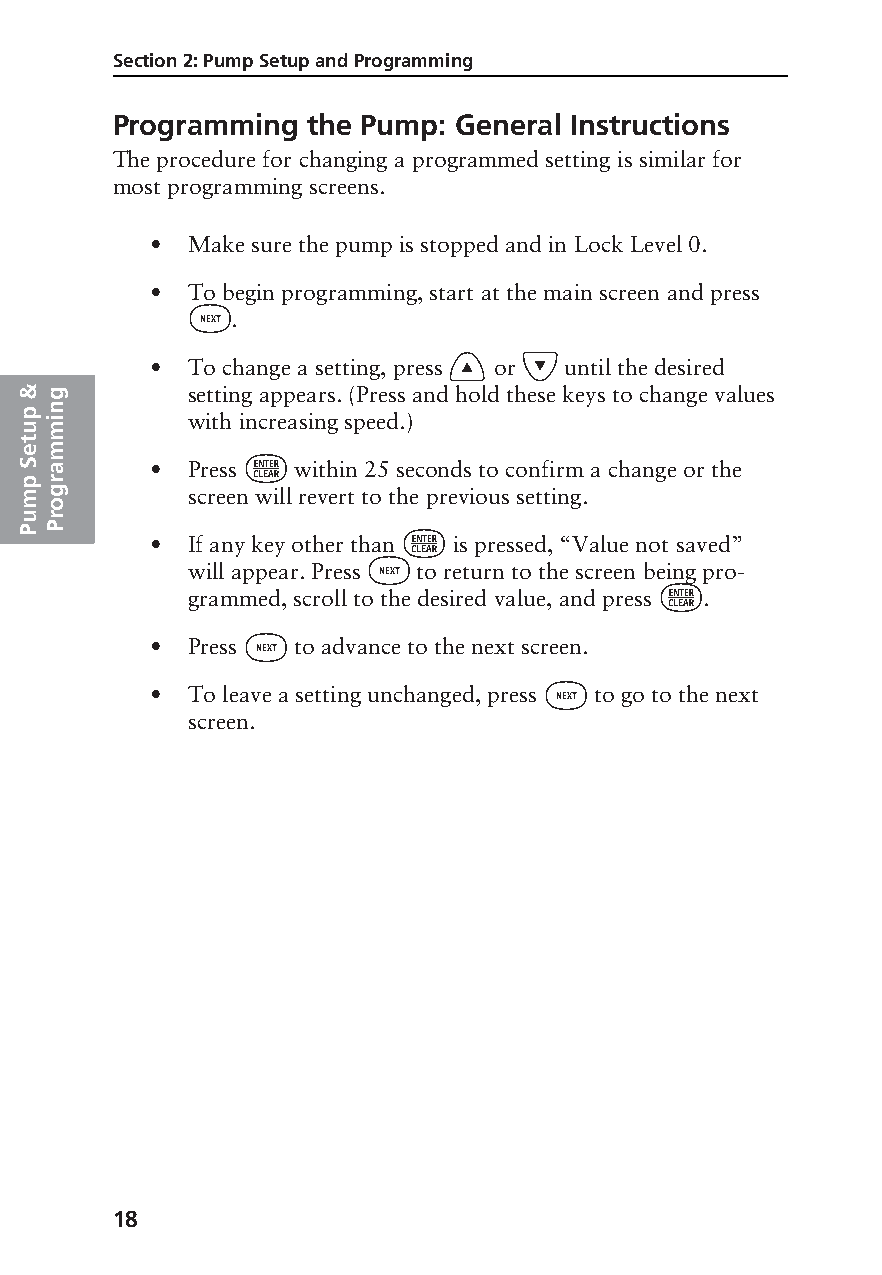
Section 2: Pump Setup and Programming
 Programming  the Pump: General Instructions
 The procedure for changing a programmed setting is similar for
 most programming screens.
 • Make sure the pump is stopped and in Lock Level 0.
 • To begin programming, start at the main screen and press
 „
 .
 ´    Î
 • To change a setting, press or until the desired
 &g         setting appears. (Press and hold these keys to change values
 up min     with increasing speed.)
 t
 em             ¤
 Sa       • Press  within 25 seconds to confirm a change or the
 p r
 mg         screen will revert to the previous setting.
 o
 ur
 PP                        ¤
 • If any key other than is pressed, “Value not saved”
 „
 will appear. Press to return to the screen being pro-
 ¤
 grammed, scroll to the desired value, and press .
 „
 • Press  to advance to the next screen.
 „
 • To leave a setting unchanged, press to go to the next
 screen.
 18
 PROOF (LR #3086), 2000-03-16 «3935-51D Manual, Legacy 1»